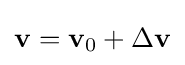
\mathbf {v} =\mathbf {v} _{0}+\Delta \mathbf {v}